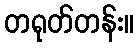
တရုတ်တန်း။